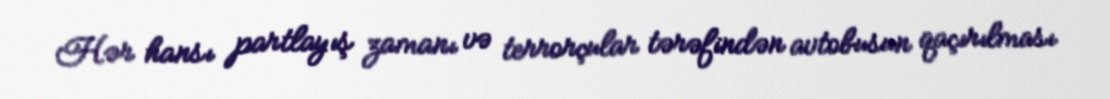
Hər hansı partlayış zamanı və terrorçular tərəfindən avtobusun qaçırılması